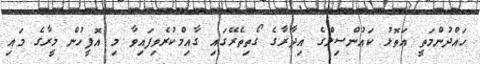
ހައްދުންމަތީ އަތޮޅު ކައުންސިލްގެ އިދާރާގެ ގޯތިތެރޭގައި ގާއިމްކުރެވިފައިވާ މި އޮފީހުން މީރާގެ މައި